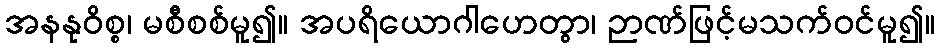
အနနုဝိစ္စ၊ မစီစစ်မူ၍။ အပရိယောဂါဟေတွာ၊ ဉာဏ်ဖြင့်မသက်ဝင်မူ၍။